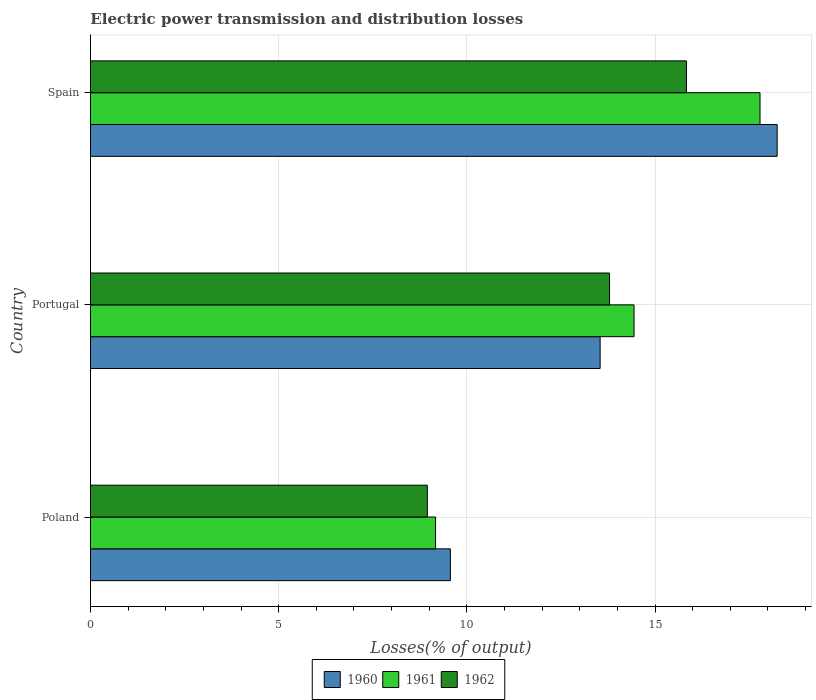
| Country | 1960 | 1961 | 1962 |
 | --- | --- | --- | --- |
 | Poland | 9.56 | 9.17 | 8.95 |
 | Portugal | 13.5 | 14.4 | 13.8 |
 | Spain | 18.2 | 17.8 | 15.8 |